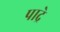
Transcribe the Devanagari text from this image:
पाद्रे